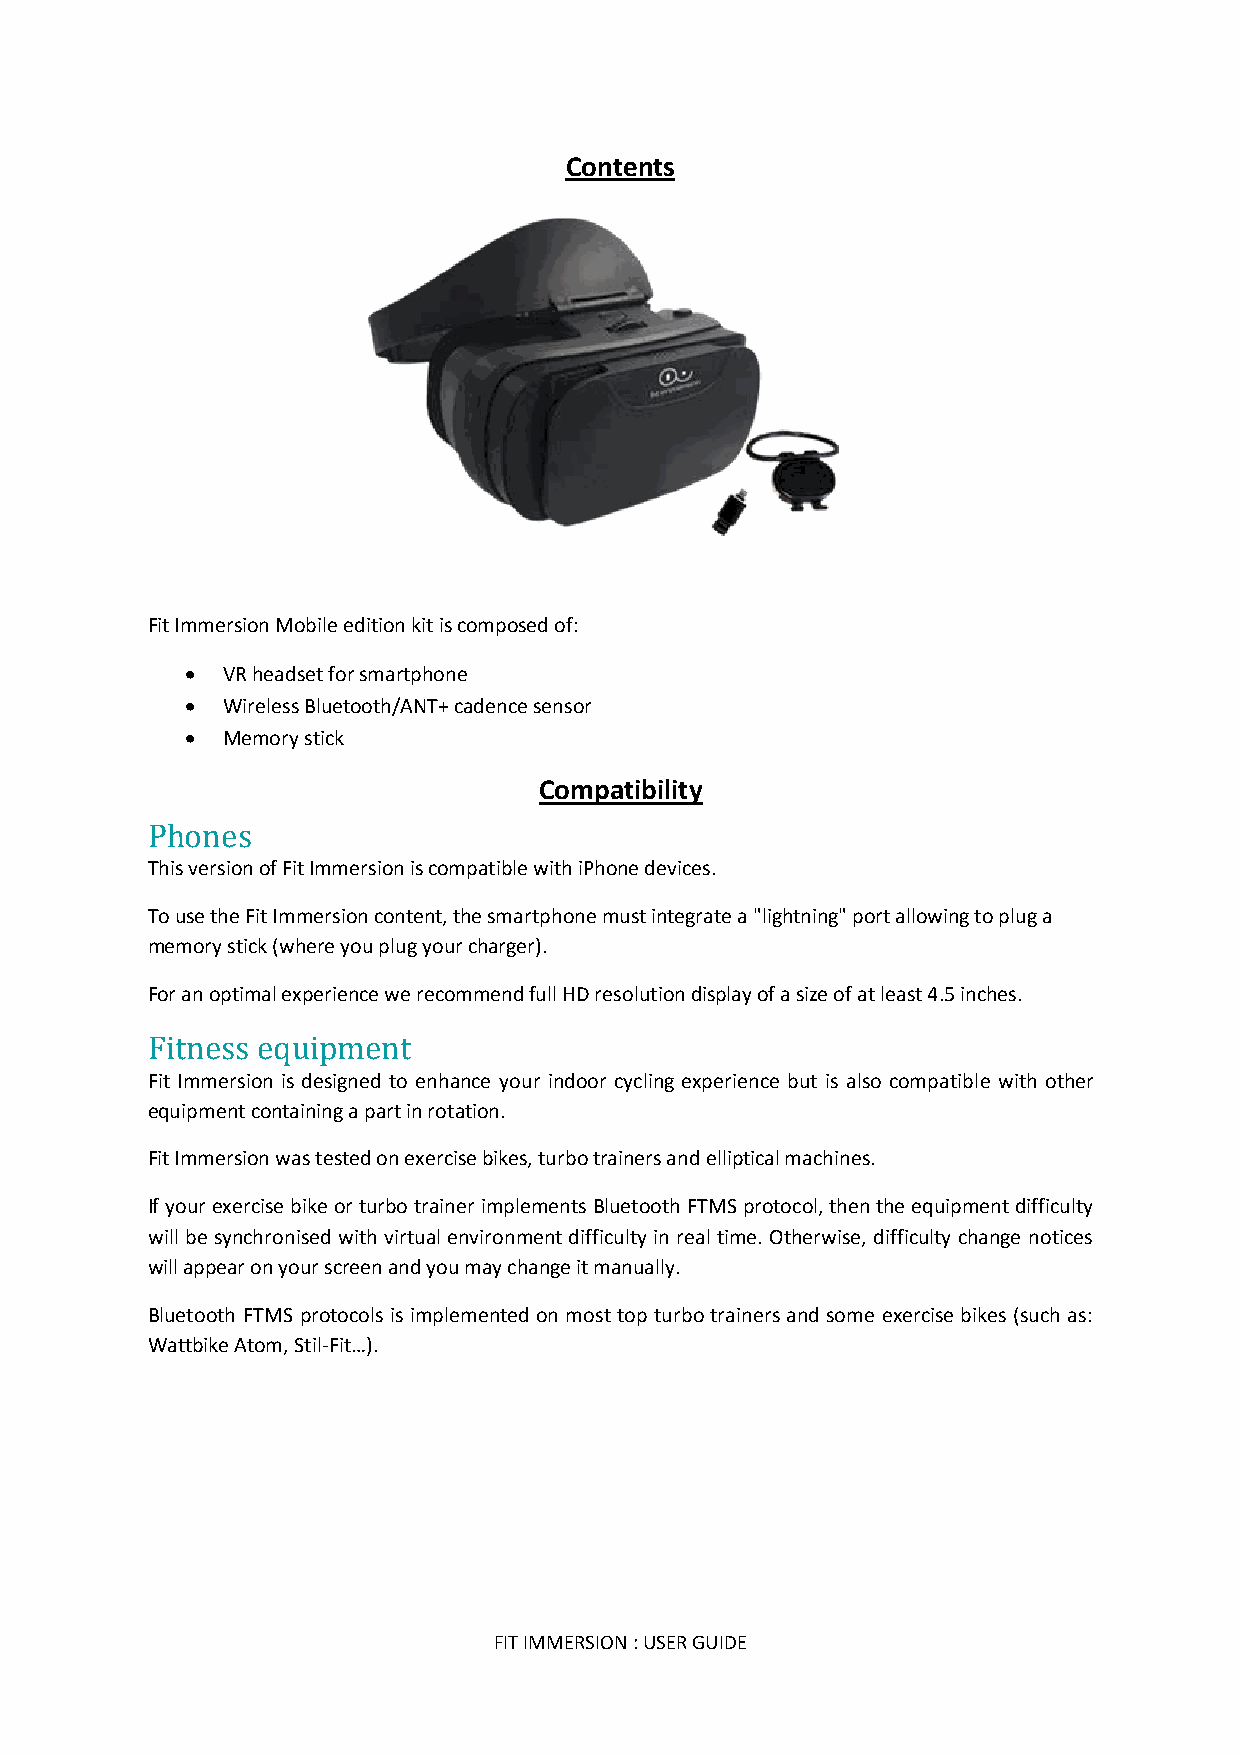
Contents
 Fit Immersion Mobile edition kit is composed of:
 •  VR headset for smartphone
 •  Wireless Bluetooth/ANT+ cadence sensor
 •  Memory stick
 Compatibility
 Phones
 This version of Fit Immersion is compatible with iPhone devices.
 To use the Fit Immersion content, the smartphone must integrate a "lightning" port allowing to plug a
 memory stick (where you plug your charger).
 For an optimal experience we recommend full HD resolution display of a size of at least 4.5 inches.
 Fitness equipment
 Fit Immersion is designed to enhance your indoor cycling experience but is also compatible with other
 equipment containing a part in rotation.
 Fit Immersion was tested on exercise bikes, turbo trainers and elliptical machines.
 If your exercise bike or turbo trainer implements Bluetooth FTMS protocol, then the equipment difficulty
 will be synchronised with virtual environment difficulty in real time. Otherwise, difficulty change notices
 will appear on your screen and you may change it manually.
 Bluetooth FTMS protocols is implemented on most top turbo trainers and some exercise bikes (such as:
 Wattbike Atom, Stil-Fit…).
 FIT IMMERSION : USER GUIDE